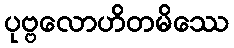
ပုဗ္ဗလောဟိတမိဿေ